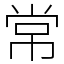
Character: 常